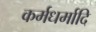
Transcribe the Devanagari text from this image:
कर्मधर्मादि